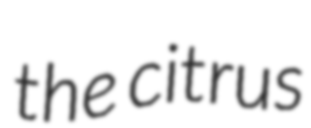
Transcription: the citrus